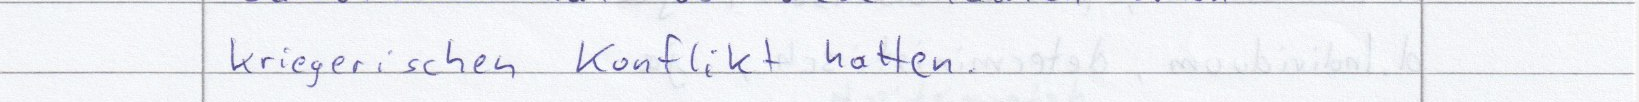
kriegerischen Konflikt hatten.